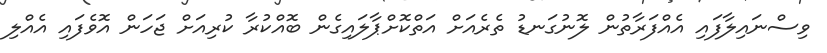
ވިސްނައިލާފައި އެއްފަރާތުން ލޮނުގަނޑު ތެރެއަށް އަތްކޮށްޕާލައިގެން ބޮއްކުރާ ކުރިއަށް ޖަހަން އޮވެފައި އެއްލި